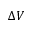
\Delta V